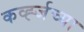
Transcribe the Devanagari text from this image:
कर्व्ह्जच्या